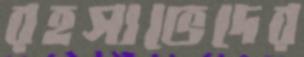
রহস্যভেদের